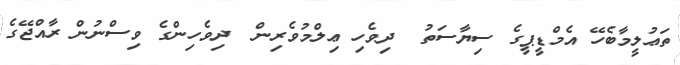
ތަޢުލީމާބެހޭ އެމްޑީޕީގެ ސިޔާސަތު  ދިވެހި ޢިލްމުވެރިން  ދިވެހިންގެ ވިސްނުން ރާއްޖޭގެ